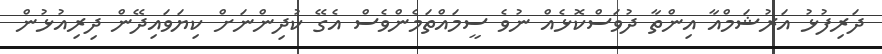
ދަރިފުޅު އަރުޝަމްއާ އިންތާ ދުވަސްކޮޅެއް ނުވެ ސީމައްތަމެންވެސް އެގޭ ކުދިންނަށް ކިޔަވައިދޭން ދިރިއުޅުން